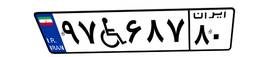
۹۷W۶۸۷۸۰